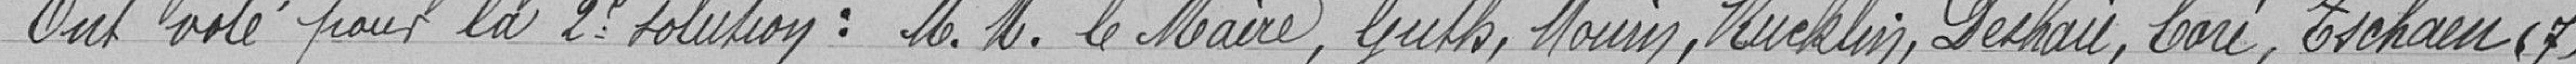
Ont voté pour la 2è solution: M.M. le Maire, Guth, Mourin, Ruecklin, Deshaies, Coré, Tschann(7)